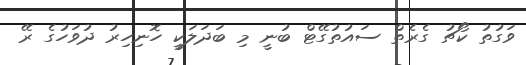
ވަގުތު ކޯޗު ގެރެތް ސައުތުގޭޓް ބުނީ މި ބަދަލަކީ ހޮނިހިރު ދުވަހުގެ ރޭ